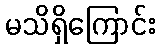
မသိရှိကြောင်း